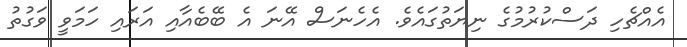
އެއްޗެހި ދަސްކުރުމުގެ ނިޔަތުގައެވެ. އެހެނަސް އޭނަ އެ ބޭބެއާއި އަރައި ހަމަވީ ވަގުތު